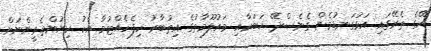
އޭގެ ތެރޭގައި އަޅުގަނޑުމެން ގެނެސްދޭ ޚަބަރާއި މައުލޫމާތުގެ އިތުބާރު ހިފެހެއްޓުމާ އެކު ކިޔުންތެރީންނަށް